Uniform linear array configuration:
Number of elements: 32
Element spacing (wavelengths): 0.25
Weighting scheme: hamming
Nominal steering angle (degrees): -60
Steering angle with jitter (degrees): -58.2
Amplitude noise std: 0.05
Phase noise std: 0.05

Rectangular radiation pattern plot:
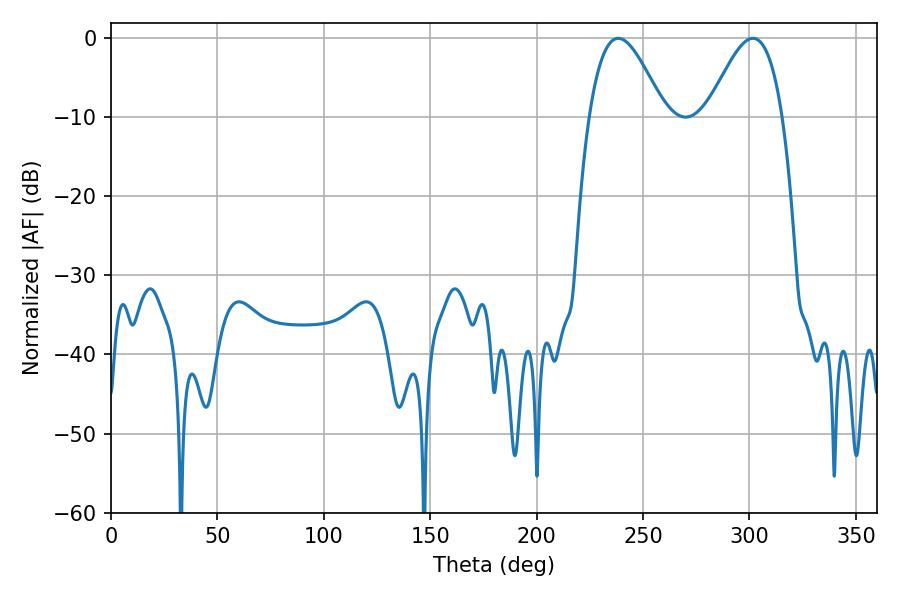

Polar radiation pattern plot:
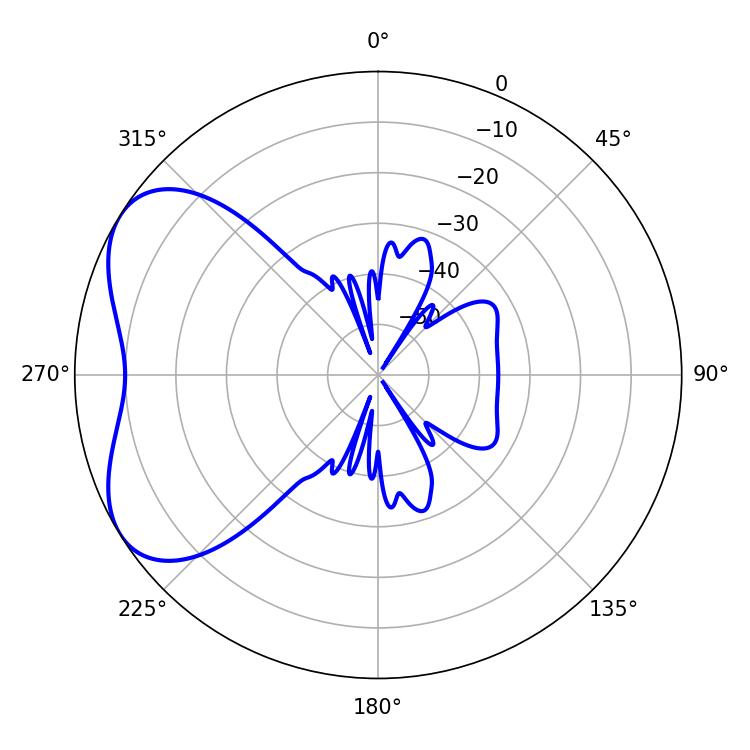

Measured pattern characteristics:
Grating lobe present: FALSE
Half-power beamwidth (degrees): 18.9
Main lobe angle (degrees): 238.32